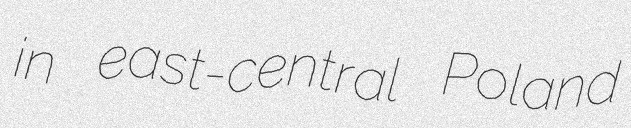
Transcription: in east-central Poland